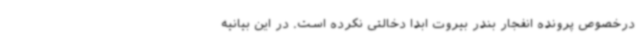
درخصوص پرونده انفجار بندر بیروت ابدا دخالتی نکرده است. در این بیانیه